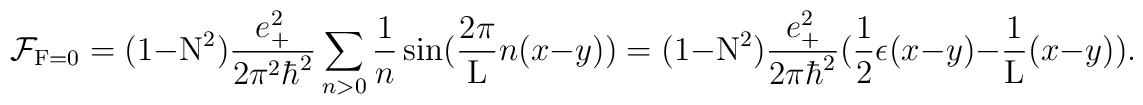
{\cal F}_{{\rm F}=0} = (1-{\rm N}^2) \frac{e_{+}^2}{2{\pi}^2{\hbar}^2} \sum_{n>0} \frac{1}{n}\sin(\frac{2\pi}{\rm L} n(x-y)) = (1-{\rm N}^2) \frac{e_{+}^2}{2\pi{\hbar}^2} ( \frac{1}{2} \epsilon(x-y)- \frac{1}{\rm L} (x-y) ).